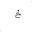
Letter: _kha